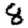
Digit: 8